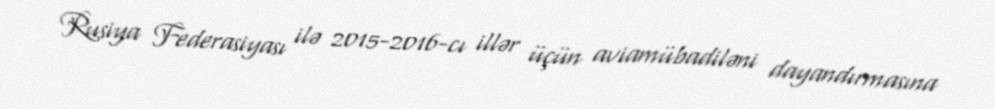
Rusiya Federasiyası ilə 2015-2016-cı illər üçün aviamübadiləni dayandırmasına